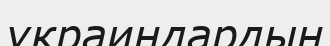
украиндардың